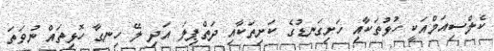
ކެލްސިއަމްއަކީ ހުޅުތަކާއި ހަށިގަނޑުގެ ކަށިތަކާއި ދަތްޕިލަ އަދި ލޭ ހިނގާ ހޮޅިތައް ނުވަތަ